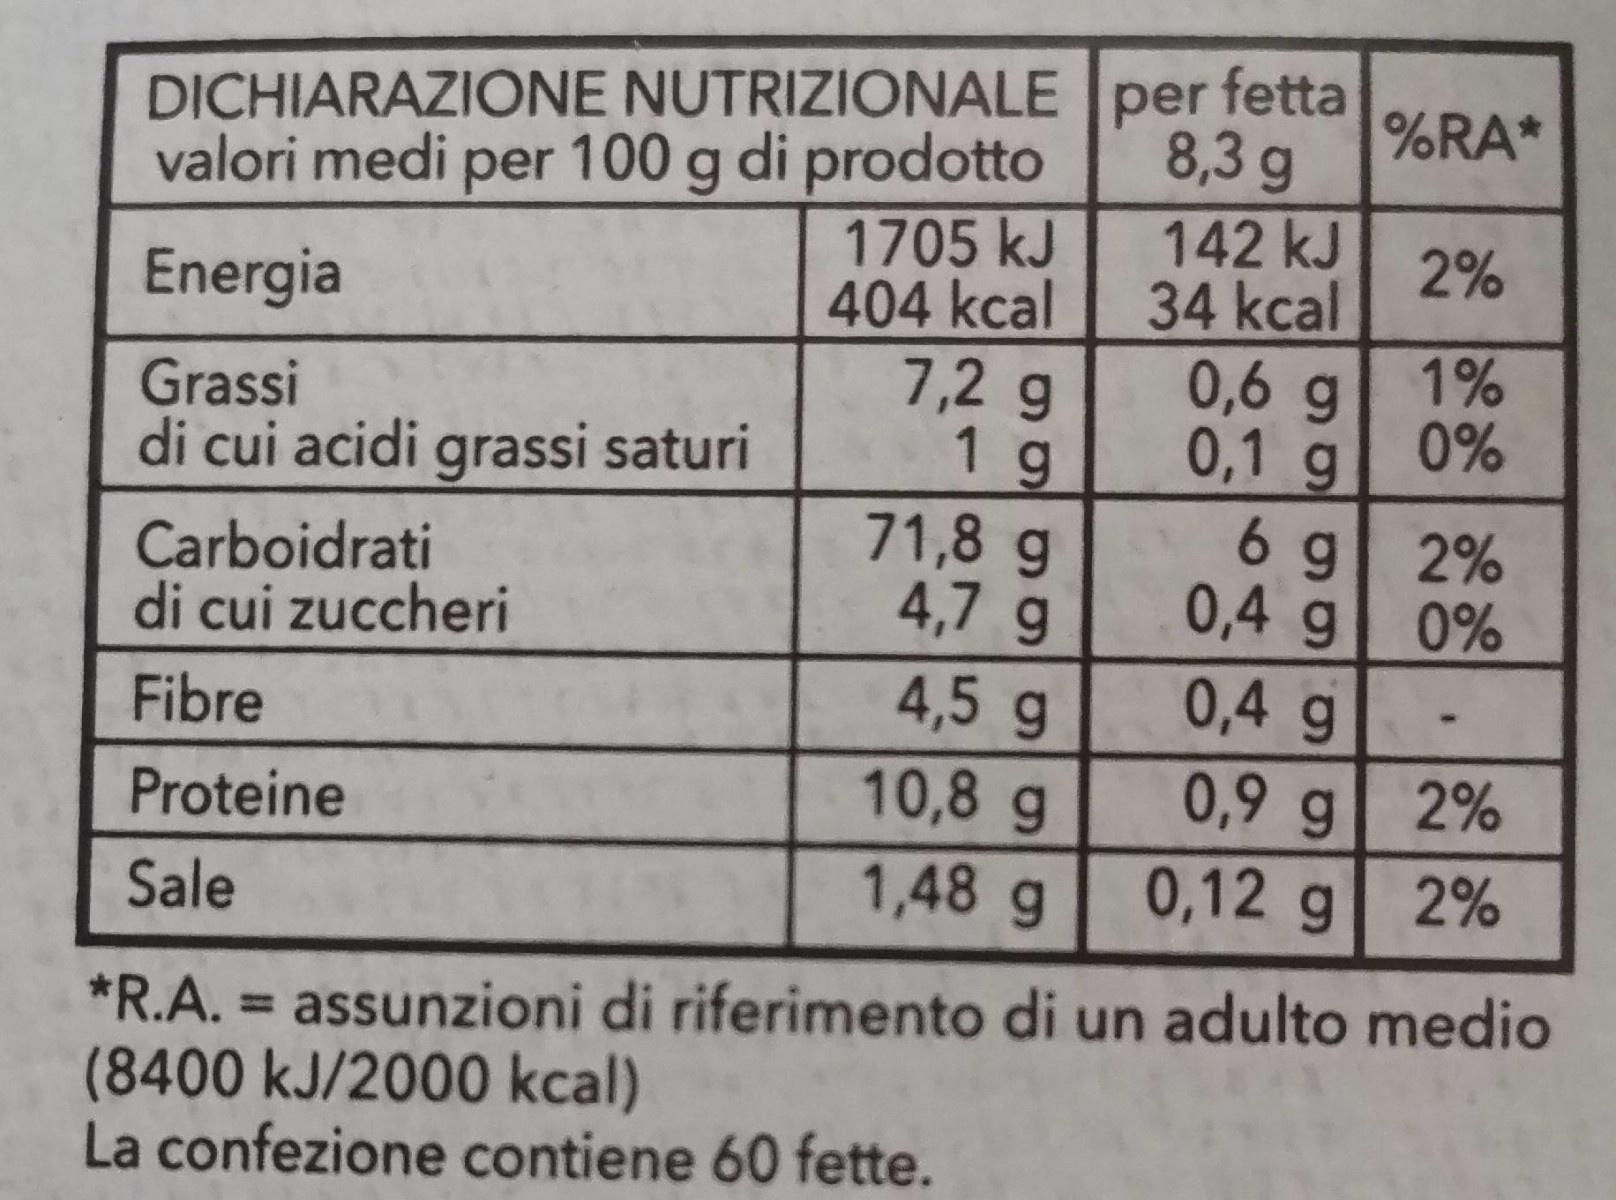
DICHIARAZIONE NUTRIZIONALE per fetta
%RA*
8,3 g 142 kJ 34 kcal 1%
valori medi per 100 g di prodotto 1705 kJ 404 kcal 7,2 g 1 g 71,8 g 4,7 g 4,5 g
2%
Energia
Grassi di cui acidi grassi saturi
0,6 g 0%
0,1 g 6 g 2% 0,4 g 0% 0,4 g
Carboidrati di cui zuccheri
Fibre
0,9 g 2% 0,12 g 2%
10,8g
Proteine
1,48 g
Sale
*R.A. = assunzioni di riferimento di un adulto medio (8400 kJ/2000 kcal) La confezione contiene 60 fette.
%3D